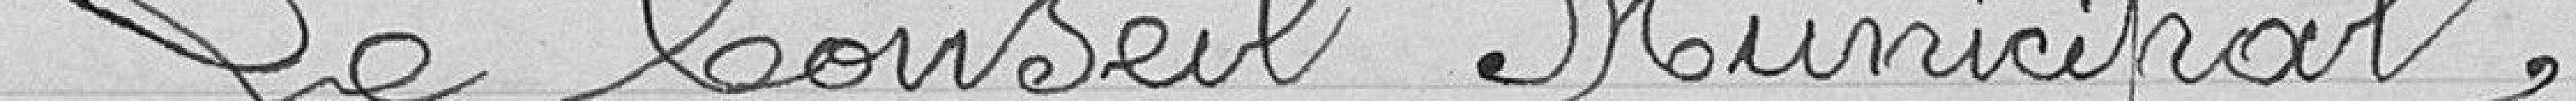
Le Conseil Municipal